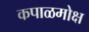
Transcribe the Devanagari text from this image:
कपाळमोक्ष